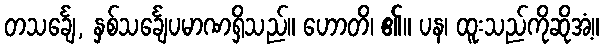
တသင်္ချေ, နှစ်သင်္ချေပမာဏရှိသည်။ ဟောတိ၊ ၏။ ပန၊ ထူးသည်ကိုဆိုအံ့။